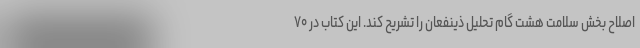
اصلاح بخش سلامت هشت گام تحلیل ذینفعان را تشریح کند. این کتاب در ۷۰